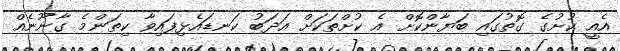
އެއީ ކުށުގެ ގޮތުގައި ބަޔާންކޮށް އެ ކުށްތަކަށް އަދަބު ކަނޑައެޅިފައިވާ ކިތަންމެ ގާނޫނެއް